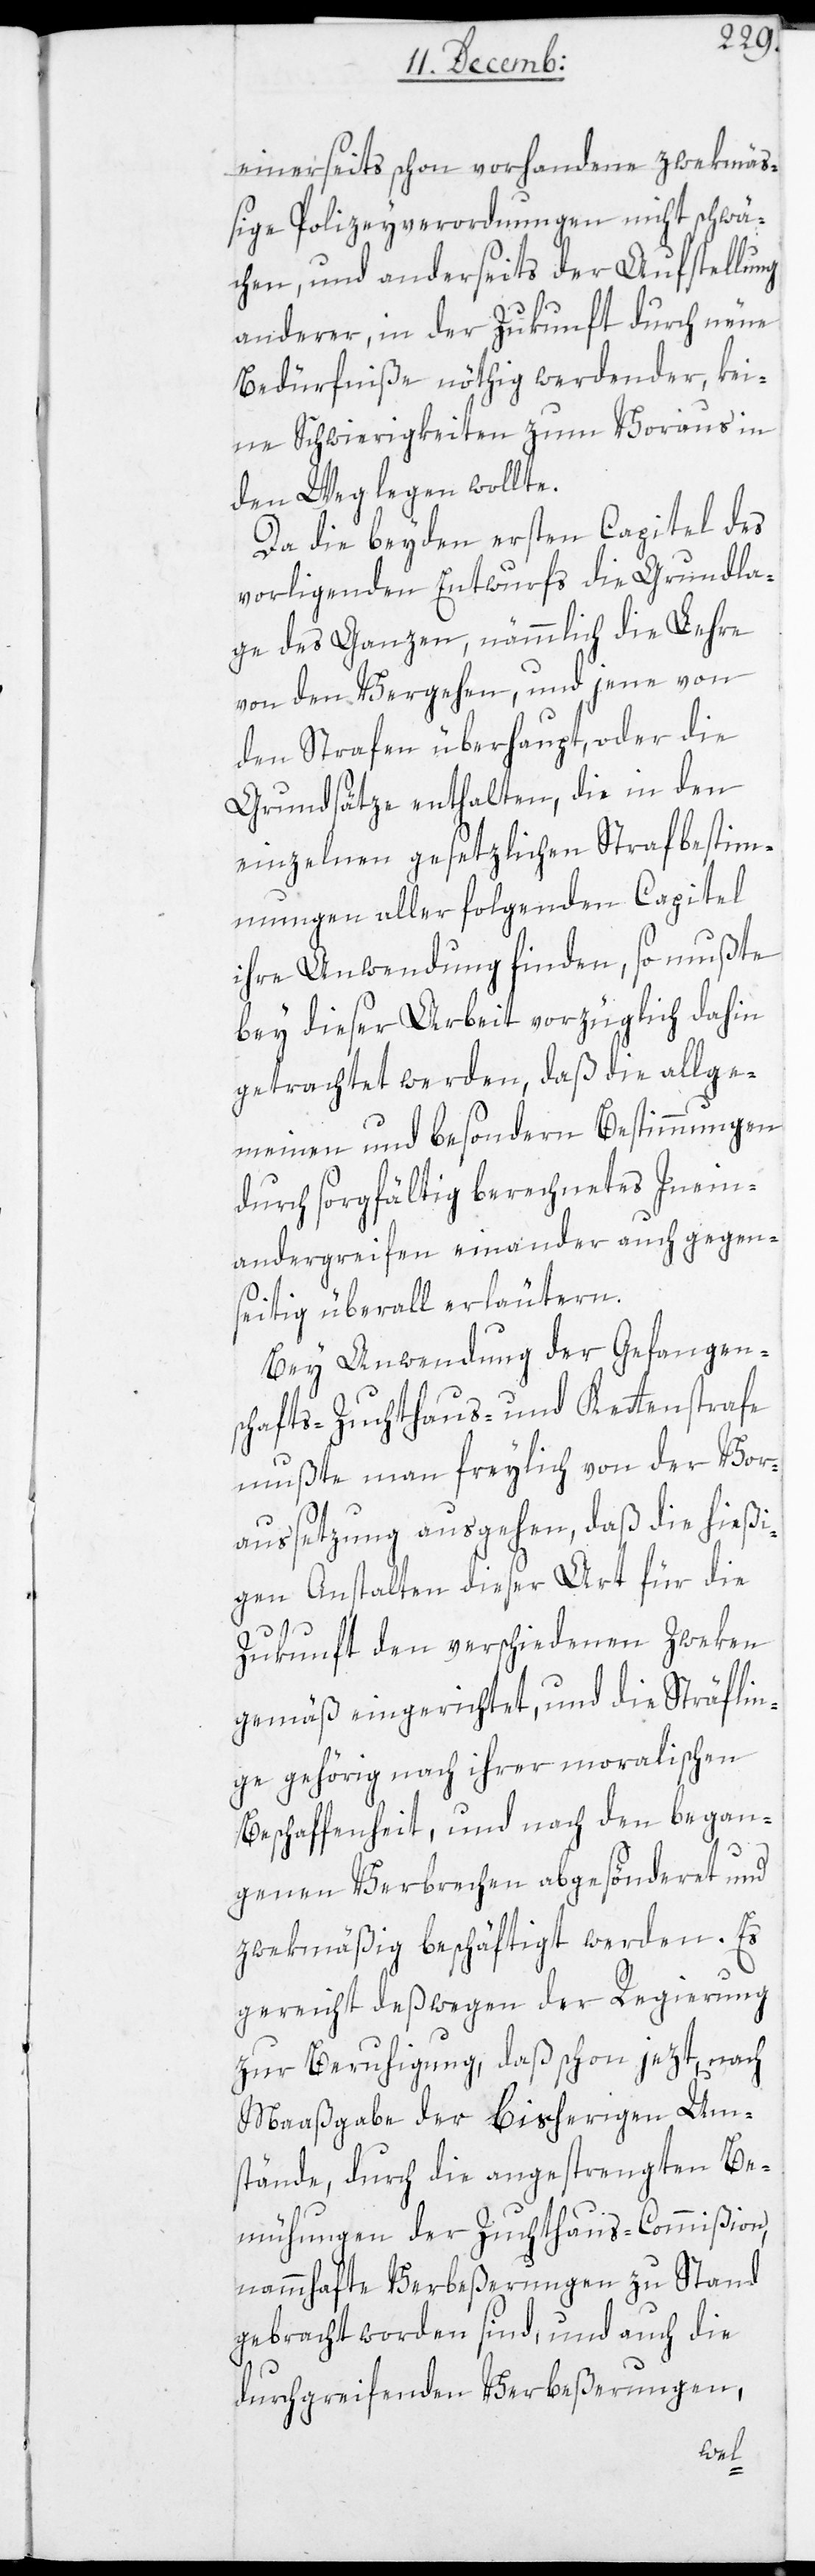
einerseits schon vorhandene zwekmäß¬
ige Polizeyverordnungen nicht schwä¬
chen, und anderseits der Aufstellung
anderer, in der Zukunft durch neue
Bedürfniße nöthig werdender, kei¬
ne Schwierigkeiten zum Voraus in
den Weg legen wollte.
Da die beyden ersten Capitel des
vorliegenden Entwurfs die Grundla¬
gen des Ganzen, nämmlich die Lehre
von den Vergehen und jene von
den Strafen überhaupt, oder die
Grundsätze enthalten, die in den
einzelnen gesetzlichen Strafbestim¬
mungen aller folgenden Capitel
ihre Anwendung finden, so mußte
bey dieser Arbeit vorzüglich dahin
getrachtet werden, daß die allge¬
meinen und besondern Bestimmungen
durch sorgfältig berechnetes Inein¬
andergreifen einander auch gegen¬
seitig überall erläutern.
Bey Anwendung der Gefangen¬
s-[,] Zuchthaus- und Kettenstrafe
mußte man freylich von der Vor¬
außetzung ausgehen, daß die hießi¬
gen Anstalten dieser Art für die
Zukunft den verschiedenen Zweken
gemäß eingerichtet, und die Sträflin¬
ge gehörig nach ihrer moralischen
Beschaffenheit, und nach den began¬
genen Verbrechen abgesöndert und
zwekmäßig beschäftigt werden. Es
gereicht deswegen der Regierung
zur Beruhigung, daß schon jezt, nach
Maaßgabe der bisherigen Um¬
stände, durch die angestrengten Be¬
mühungen der Zuchthaus-Commißion,
nammhafte Verbeßerungen zu Stand
gebracht worden sind, und auch die
durchgreifenden Verbeßerungen,
schaft¬